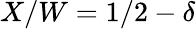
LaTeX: X/W=1/2-\delta